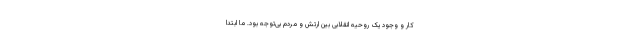
کار و وجود یک روحیه انقلابی بین ارتش و مردم بی‌توجه بود. ما ابتدا